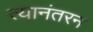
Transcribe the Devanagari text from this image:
त्यानंतरन